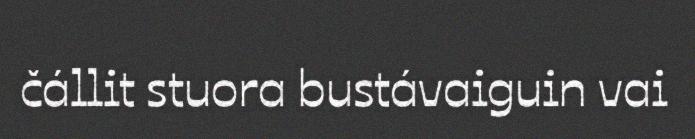
čállit stuora bustávaiguin vai